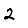
Digit: 2